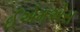
ઈએમએસ